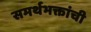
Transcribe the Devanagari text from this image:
समर्थभक्तांची